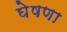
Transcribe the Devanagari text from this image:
घेषणा